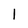
Character: l